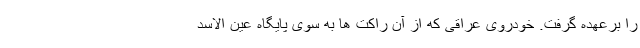
را برعهده گرفت. خودروی عراقی که از آن راکت ها به سوی پایگاه عین الاسد